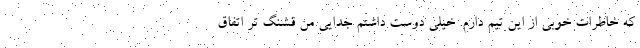
که خاطرات خوبی از این تیم دارم. خیلی دوست داشتم جدایی من قشنگ تر اتفاق